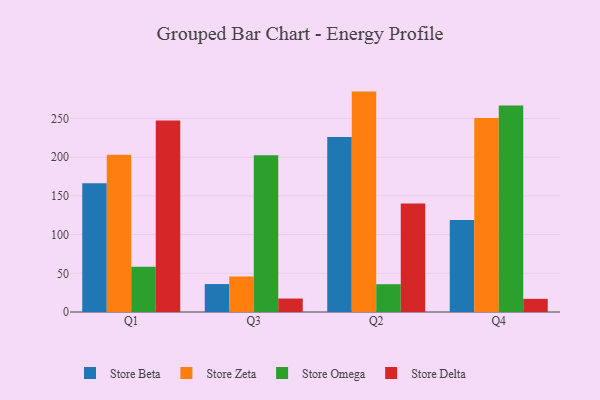
{"axis": {"x": "Quarter", "y": "Operating Costs (USD K)"}, "legend": ["Store Beta", "Store Delta", "Store Omega", "Store Zeta"], "data": [{"x": "Q1", "y": 166.4, "type": "Store Beta"}, {"x": "Q1", "y": 203.1, "type": "Store Zeta"}, {"x": "Q1", "y": 58.6, "type": "Store Omega"}, {"x": "Q1", "y": 247.5, "type": "Store Delta"}, {"x": "Q3", "y": 36.1, "type": "Store Beta"}, {"x": "Q3", "y": 45.9, "type": "Store Zeta"}, {"x": "Q3", "y": 202.4, "type": "Store Omega"}, {"x": "Q3", "y": 17.4, "type": "Store Delta"}, {"x": "Q2", "y": 226.1, "type": "Store Beta"}, {"x": "Q2", "y": 284.8, "type": "Store Zeta"}, {"x": "Q2", "y": 35.9, "type": "Store Omega"}, {"x": "Q2", "y": 140.2, "type": "Store Delta"}, {"x": "Q4", "y": 118.8, "type": "Store Beta"}, {"x": "Q4", "y": 250.7, "type": "Store Zeta"}, {"x": "Q4", "y": 266.7, "type": "Store Omega"}, {"x": "Q4", "y": 17.0, "type": "Store Delta"}]}